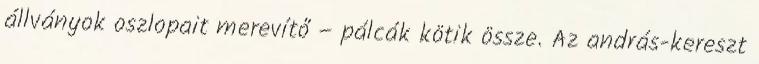
állványok oszlopait merevítő – pálcák kötik össze. Az andrás-kereszt